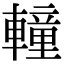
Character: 䡴